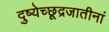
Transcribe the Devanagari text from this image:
दुष्येच्छूद्रजातीनां